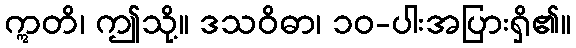
ဣတိ၊ ဤသို့။ ဒသဝိဓာ၊ ၁၀-ပါးအပြားရှိ၏။